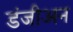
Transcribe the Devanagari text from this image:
डंजीअन